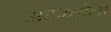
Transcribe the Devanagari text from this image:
अटकलेला